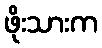
ဖိုးသားက